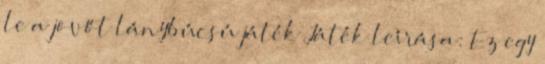
le a jövőt lánybúcsú játék Játék leírása: Ez egy